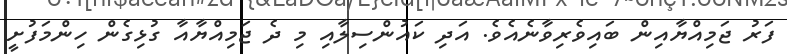
ފަރު ޖަމިއްޔާއިން ބައިވެރިވާނެއެވެ. އަދި ކައުންސިލާއި މި ދެ ޖަމިއްޔާއާ ގުޅިގެން ހިންމަފުށީ